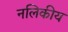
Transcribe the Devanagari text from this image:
नलिकीय